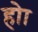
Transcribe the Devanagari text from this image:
होा